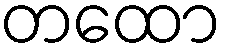
တထော